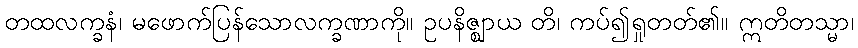
တထလက္ခနံ၊ မဖောက်ပြန်သောလက္ခဏာကို။ ဥပနိဇ္ဈာယ တိ၊ ကပ်၍ရှုတတ်၏။ ဣတိတသ္မာ၊